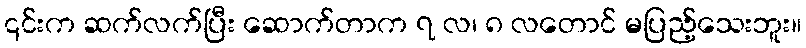
၎င်းက ဆက်လက်ပြီး ဆောက်တာက ၇ လ၊ ၈ လတောင် မပြည့်သေးဘူး။